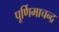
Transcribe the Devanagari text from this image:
पूर्णिमाचन्द्र